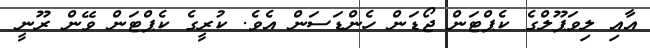
އާއި ލިވަޕޫލްގެ ކެޕްޓަން ޖޯޑަން ހެންޑަސަން އެވެ. ކުރީގެ ކެޕްޓަން ވޭން ރޫނީ